Lunatic asylums Burma 1907-21 - 1907-1921
Year: 1907
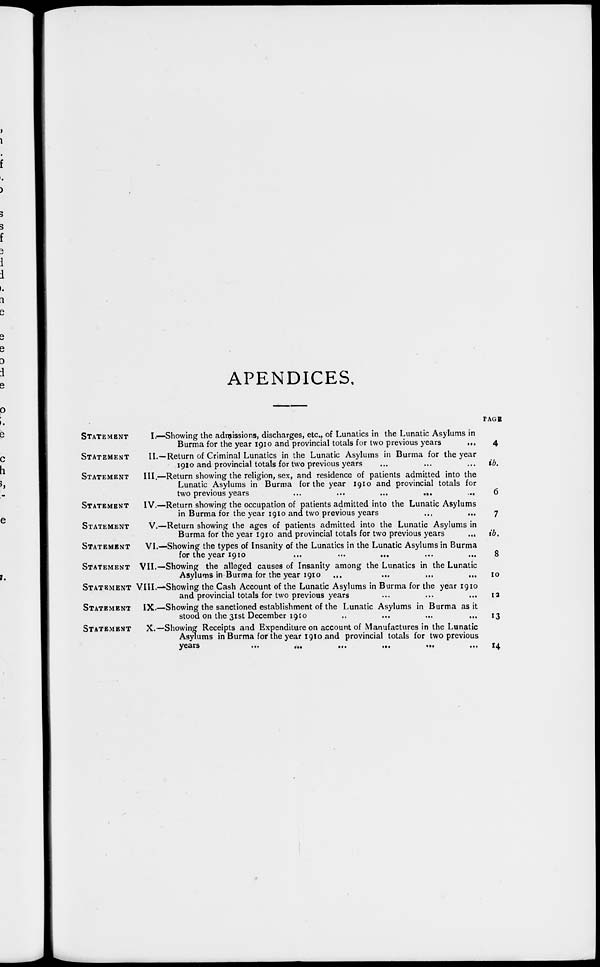
APENDICES.
STATEMENT
I.—Showing the admissions, discharges, etc., of Lunatics in the Lunatic Asylums in
Burma for the year 1910 and provincial totals for two previous years
...
STATEMENT.
II.—Return of Criminal Lunatics in the Lunatic Asylums in Burma for the year
1910 and provincial totals for two previous years ... ... ...
STATEMENT
III.—Return showing the religion, sex, and residence of patients admitted into the
Lunatic Asylums in Burma for the year 1910 and provincial totals for
two previous years
...
...
...
... ...
STATEMENT
IV.—Return showing the occupation of patients admitted into the Lunatic Asylums
in Burma for the year 1910 and two previous years ... ...
STATEMENT
V.—Return showing the ages of patients admitted into the Lunatic Asylums in
Burma for the year 1910 and provincial totals for two previous years
...
STATEMENT
VI.—Showing the types of Insanity of the Lunatics in the Lunatic Asylums in Burma
for the year 1910
...
...
... ... ...
STATEMENT VII.—Showing the alleged causes of Insanity among the Lunatics in the Lunatic
Asylums in Burma for the year 1910 ... ... ... ...
STATEMNET VIII.—Showing the Cash Account of the Lunatic Asylums in Burma for the year 1910
and provincial totals for two previous years ... ... ...
STATEMENT IX.—Showing the sanctioned establishment of the Lunatic Asylums in Burma as it
stood on the 31st December 1910 ... ... ... ...
STATEMENT
X.—Showing Receipts and Expenditure on account of Manufactures in the Lunatic
Asylums in Burma for the year 1910 and provincial totals for two previous
years
...
...
...
...
...
...
PAGE
4
ib.
6
7
ib.
8
10
12
13
14